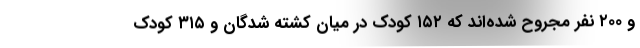
و ۲۰۰ نفر مجروح شده‌اند که ۱۵۲ کودک در میان کشته شدگان و ۳۱۵ کودک